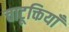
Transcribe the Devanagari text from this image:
चाटूक्तियाँ